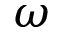
\omega